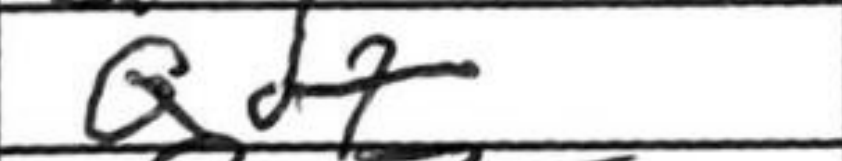
Transcription: Qd7